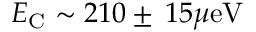
E _ { \mathrm { C } } \sim 2 1 0 \pm \, 1 5 \mu \mathrm { e V }